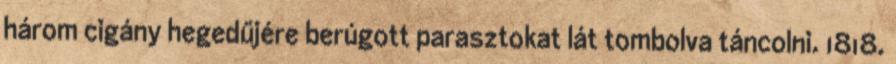
három cigány hegedűjére berúgott parasztokat lát tombolva táncolni. 1818.